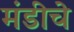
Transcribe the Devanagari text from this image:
मंडीचे